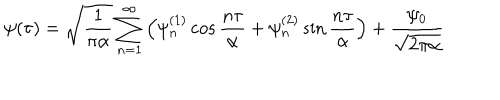
\psi ( \tau ) = \sqrt { \frac { 1 } { \pi \alpha } } \sum _ { n = 1 } ^ { \infty } \left( \psi _ { n } ^ { ( 1 ) } \cos { \frac { n \tau } { \alpha } } + \psi _ { n } ^ { ( 2 ) } \sin { \frac { n \tau } { \alpha } } \right) + { \frac { \psi _ { 0 } } { \sqrt { 2 \pi \alpha } } } ~ ~ ~